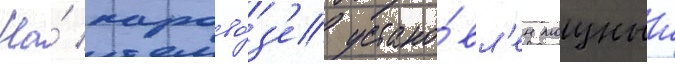
На́ парово́з'е устано́вл'ен мощныи